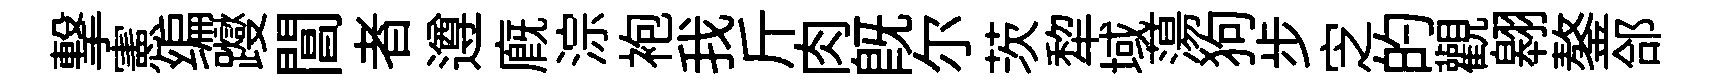
撃憲编躞閶者遵廐淙袍我斤肉旣尓茨犂域蕩狗步㝎的觀翱鏊郃